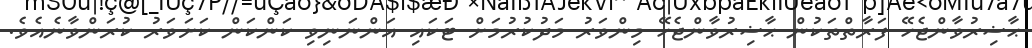
ޙާޟިރުވާންޖެހޭ ފަރާތްތަކުން ޙާޟިރުވާންޖެހޭ މިންވަރު މަދުކުރުމަށް ޓަކައި އަންނަނިވި ކަންކަން ކަށަވަރު ކުރަންވާނެއެވެ.